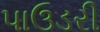
પાઉડરી